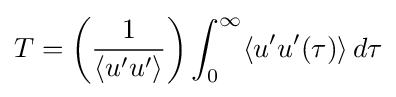
T=\left({\frac {1}{\langle u'u'\rangle }}\right)\int _{0}^{\infty }\langle u'u'(\tau )\rangle \,d\tau